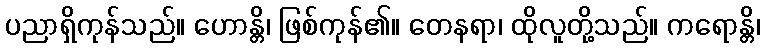
ပညာရှိကုန်သည်။ ဟောန္တိ၊ ဖြစ်ကုန်၏။ တေနရာ၊ ထိုလူတို့သည်။ ကရောန္တိ၊